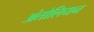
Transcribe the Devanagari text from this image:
अंतोलियन